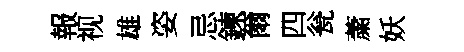
報视雄姿忌鍊爾四瓮䔥妖